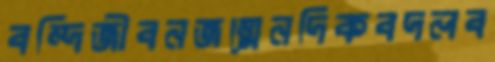
বন্দিজীবনজন্মেনদিকবদলব